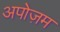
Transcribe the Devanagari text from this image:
अपोज़म